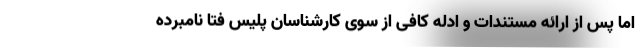
اما پس از ارائه مستندات و ادله کافی از سوی کارشناسان پلیس فتا نامبرده